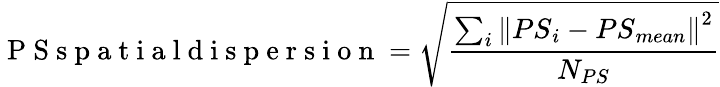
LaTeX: \mathrm{~P~S~s~p~a~t~i~a~l~d~i~s~p~e~r~s~i~o~n~}=\sqrt{\frac{\sum_{i}\left\| {PS}_{i}-{PS}_{mean}\right\| ^{2}}{N_{PS}}}